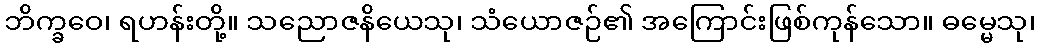
ဘိက္ခဝေ၊ ရဟန်းတို့။ သညောဇနိယေသု၊ သံယောဇဉ်၏ အကြောင်းဖြစ်ကုန်သော။ ဓမ္မေသု၊